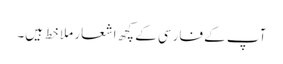
آپ کے فارسی کے کچھ اشعار ملا خط ہیں۔